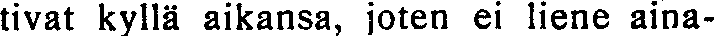
tivat kyllä aikansa, joten ei liene aina-